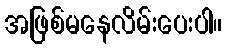
အဖြစ်မနေလိမ်းပေးပါ။